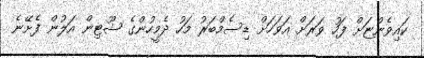
ކައިވެންޏަށް ފަހު ވަރަށް އަވަހަށް ޑިސެމްބަރު މަހު ދެމީހުންގެ ޝޫޓިން އަލުން ފެށޭނެ